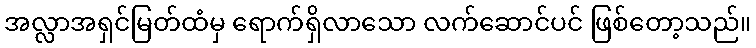
အလ္လာအရှင်မြတ်ထံမှ ရောက်ရှိလာသော လက်ဆောင်ပင် ဖြစ်တော့သည်။